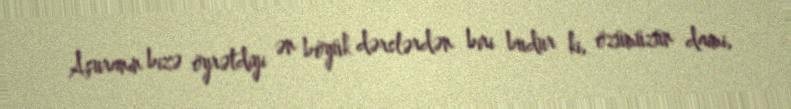
Aşuranın bizə öyrətdiyi ən böyük dərslərdən biri budur ki, özümüzün daimi,